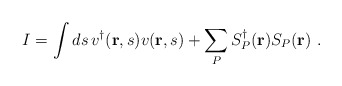
\begin{align*}I = \int ds\, v^\dagger({\bf r},s)v({\bf r},s) + \sum_P S^\dagger_P({\bf r}) S_P({\bf r}) \,\, .\end{align*}